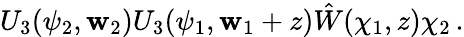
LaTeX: U_{3}(\psi_{2},\mathbf{w}_{2})U_{3}(\psi_{1},\mathbf{w}_{1}+z)\hat{{W}}(\chi_{1},z)\chi_{2}\, .